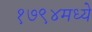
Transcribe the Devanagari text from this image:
१७९४मध्ये